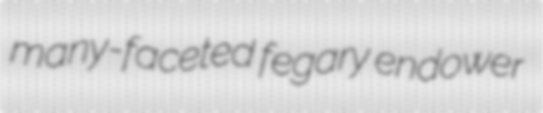
many-faceted fegary endower